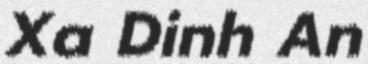
Xa Dinh An